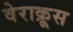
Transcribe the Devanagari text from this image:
वेराक्रूस